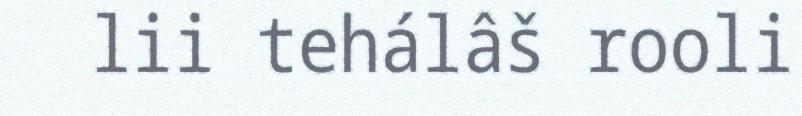
lii tehálâš rooli